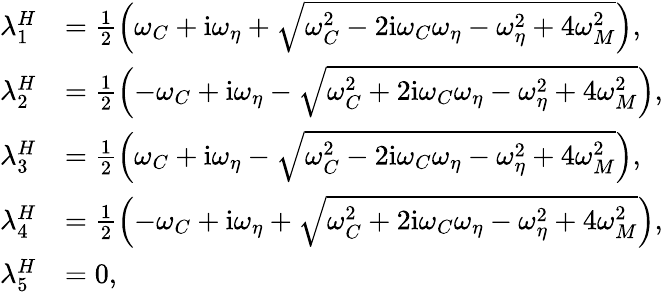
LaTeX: \begin{array}{rl}{\lambda_{1}^{H}}&{=\frac{1}{2}\left(\omega_{C}+\mathrm{i}\omega_{\eta}+\sqrt{\omega_{C}^{2}-2\mathrm{i}\omega_{C}\omega_{\eta}-\omega_{\eta}^{2}+4\omega_{M}^{2}}\right),}\\ {\lambda_{2}^{H}}&{=\frac{1}{2}\left(-\omega_{C}+\mathrm{i}\omega_{\eta}-\sqrt{\omega_{C}^{2}+2\mathrm{i}\omega_{C}\omega_{\eta}-\omega_{\eta}^{2}+4\omega_{M}^{2}}\right),}\\ {\lambda_{3}^{H}}&{=\frac{1}{2}\left(\omega_{C}+\mathrm{i}\omega_{\eta}-\sqrt{\omega_{C}^{2}-2\mathrm{i}\omega_{C}\omega_{\eta}-\omega_{\eta}^{2}+4\omega_{M}^{2}}\right),}\\ {\lambda_{4}^{H}}&{=\frac{1}{2}\left(-\omega_{C}+\mathrm{i}\omega_{\eta}+\sqrt{\omega_{C}^{2}+2\mathrm{i}\omega_{C}\omega_{\eta}-\omega_{\eta}^{2}+4\omega_{M}^{2}}\right),}\\ {\lambda_{5}^{H}}&{=0,}\end{array}